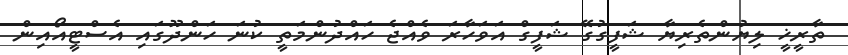
ތާރީޚީ ލިޔުންތެރިޔާ ޝަފީގުގޭ ޝަފީގް އަވަހާރަ ވެއްޖެ ހައްދުންމަތީ ކުނަ ހަންދޫގައި އެސްޓީއޯއިން